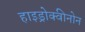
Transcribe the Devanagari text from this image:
हाइड्रोक्वीनोन